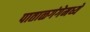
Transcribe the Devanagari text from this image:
पाताळगंगेमध्ये